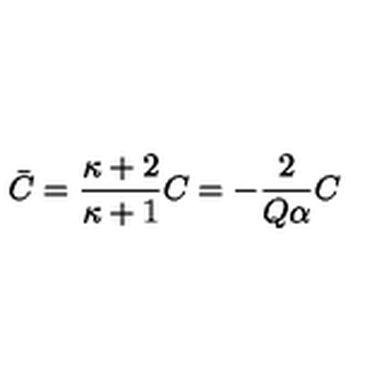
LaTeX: \bar { C } = \frac { \kappa + 2 } { \kappa + 1 } C = - \frac { 2 } { Q \alpha } C